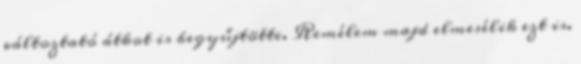
változtató átkot is begyűjtötte. Remélem majd elmesélik ezt is.